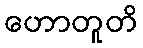
ဟောတူတိ